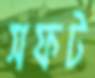
সফট